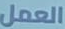
العمل